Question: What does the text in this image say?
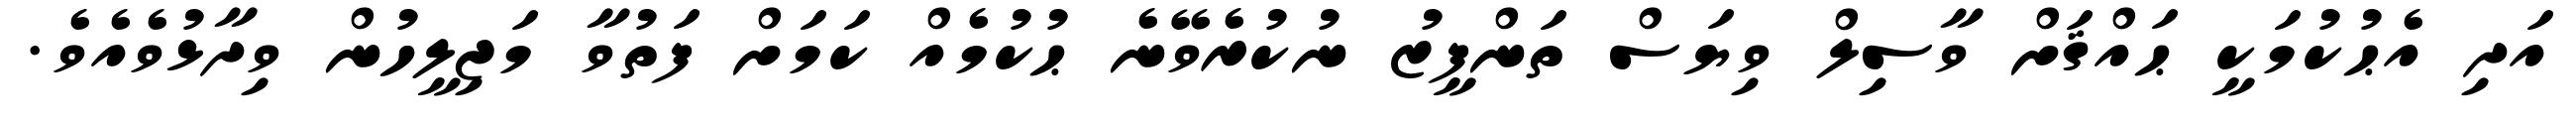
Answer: އަދި އެޙުކުމަކީ ޙައްޤަށް ވާސިލް ވިޔަސް ތަންފީޒު ނުކުރެވޭނެ ޙުކުމެއް ކަމަށް ފަތުވާ މަޖިލީހުން ވިދާޅުވެއެވެ.